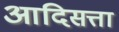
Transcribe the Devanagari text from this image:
आदिसत्ता